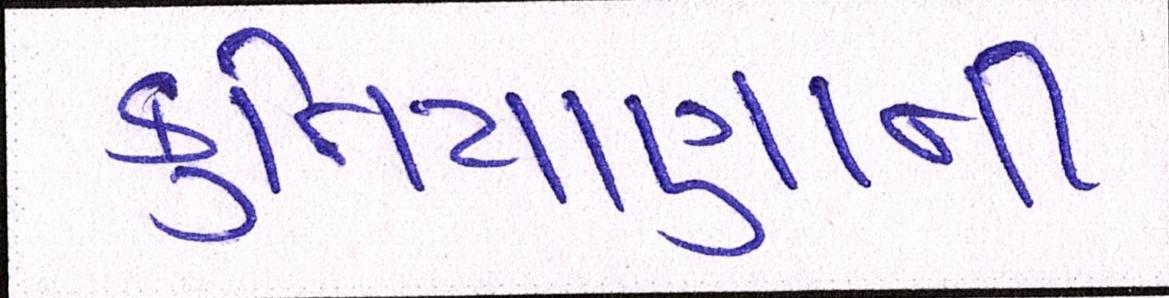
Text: કુતિયાણાની